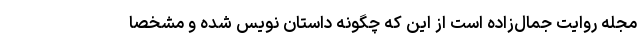
مجله روایت جمال‌زاده است از این که چگونه داستان نویس شده و مشخصاً